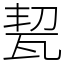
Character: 㼤